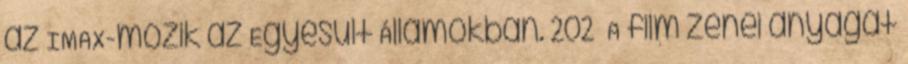
az IMAX-mozik az Egyesült Államokban. 202 A film zenei anyagát